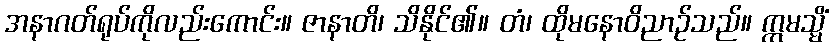
အနာဂတ်ရုပ်ကိုလည်းကောင်း။ ဇာနာတိ၊ သိနိုင်၏။ တံ၊ ထိုမနောဝိညာဉ်သည်။ ဣမသ္မိံ